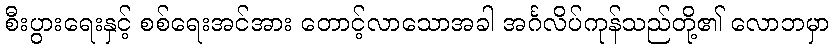
စီးပွားရေးနှင့် စစ်ရေးအင်အား တောင့်လာသောအခါ အင်္ဂလိပ်ကုန်သည်တို့၏ လောဘမှာ